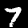
Label: 7